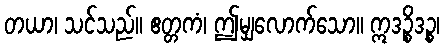
တယာ၊ သင်သည်။ ဧတ္တကံ၊ ဤမျှလောက်သော။ ဣဒဉ္စိဒဉ္စ၊